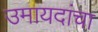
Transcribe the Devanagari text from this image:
उमायदांचा